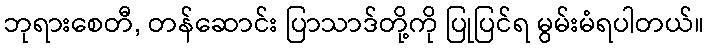
ဘုရားစေတီ, တန်ဆောင်း ပြာသာဒ်တို့ကို ပြုပြင်ရ မွမ်းမံရပါတယ်။